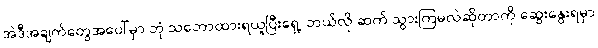
အဲဒီအချက်တွေအပေါ်မှာ ဘုံ သဘောထားရယူပြီးရှေ့ ဘယ်လို ဆက် သွားကြမလဲဆိုတာကို ဆွေးနွေးရမှာ